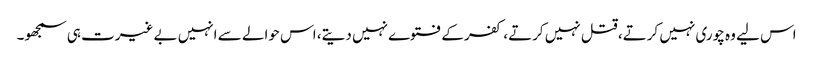
اس لیے وہ چوری نہیں کرتے، قتل نہیں کرتے، کفر کے فتوے نہیں دیتے، اس حوالے سے انہیں بے غیرت ہی سمجھو۔